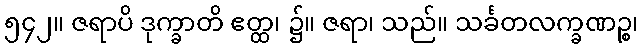
၅၄၂။ ဇရာပိ ဒုက္ခာတိ ဧတ္ထ၊ ၌။ ဇရာ၊ သည်။ သင်္ခတလက္ခဏဉ္စ၊